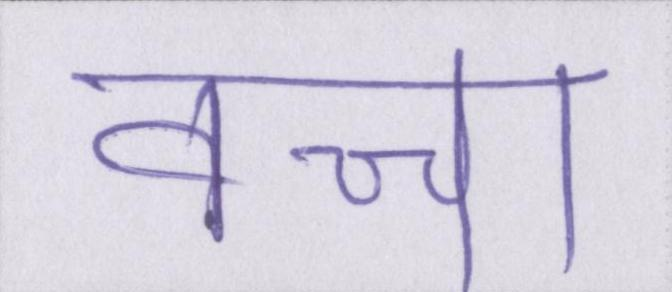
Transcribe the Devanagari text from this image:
कच्चा